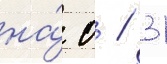
на́ 0 / 31